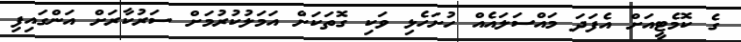
ގެ ކޮމެޓީއަށް އެފަދަ މައްސަލައެއް ހުށަހެޅި ވަކި ގޮތަކަށް އަމަލުކުރުމަށް ސަރުކާރަށް އަންގައިފި